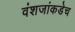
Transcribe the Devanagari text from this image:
वंशजांकडेच